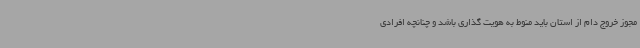
مجوز خروج دام از استان باید منوط به هویت گذاری باشد و چنانچه افرادی